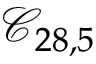
\mathcal { C } _ { 2 8 , 5 }